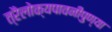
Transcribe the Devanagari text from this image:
त्रैलोक्यपावनीपुण्या